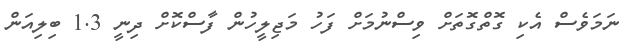
ނަމަވެސް އެކި ގޮތްގޮތަށް ވިސްނުމަށް ފަހު މަޖިލީހުން ފާސްކޮށް ދިނީ 1.3 ބިލިއަން